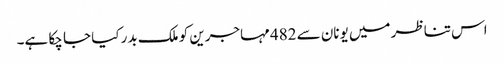
اس تناظر میں یونان سے 482 مہاجرین کو ملک بدر کیا جا چکا ہے۔